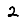
Digit: 2